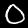
Digit: 0